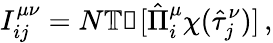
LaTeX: I_{ij}^{\mu\nu}=N\mathbb{Tr}[\hat{\Pi}_{i}^{\mu}\chi(\hat{\tau}_{j}^{\nu})]\, ,